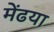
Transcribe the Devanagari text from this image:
मेंढया